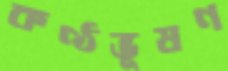
কণ্ঠভূষণ